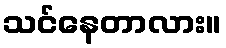
သင်နေတာလား။